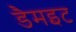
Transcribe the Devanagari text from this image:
डैमइट